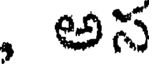
, అస